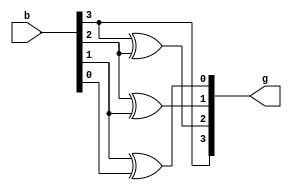
`timescale 1ns / 1ps

module binary_to_gray(
    input [3:0] b,
    output reg [3:0] g
    );
    always @(b)
    begin
    g[3] = b[3];
    g[2] = b[3] ^ b[2];
    g[1] = b[2] ^ b[1];
    g[0] = b[1] ^ b[0];
    end
endmodule